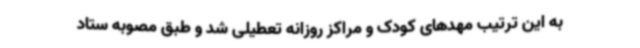
به این ترتیب مهدهای کودک و مراکز روزانه تعطیلی شد و طبق مصوبه ستاد